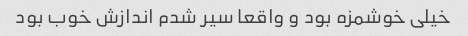
خیلی خوشمزه بود و واقعا سیر شدم اندازش خوب بود